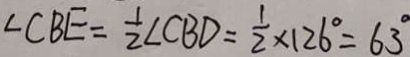
\angle C B E = \frac { 1 } { 2 } \angle C B D = \frac { 1 } { 2 } \times 1 2 6 ^ { \circ } = 6 3 ^ { \circ }